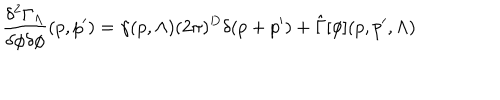
\frac { \delta ^ { 2 } \Gamma _ { \Lambda } } { \delta \phi \delta \phi } ( p , p ^ { \prime } ) = \gamma ( p , \Lambda ) ( 2 \pi ) ^ { D } \delta ( p + p ^ { \prime } ) + \hat { \Gamma } [ \phi ] ( p , p ^ { \prime } , \Lambda )